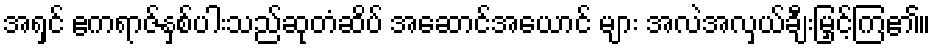
အရှင် ဧကရာဇ်နှစ်ပါးသည်ဆုတံဆိပ် အဆောင်အယောင် များ အလဲအလှယ်ချီးမြှင့်ကြ၏။